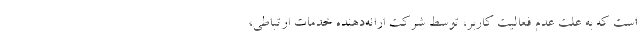
است که به علت عدم فعالیت کاربر، توسط شرکت ارائه‌دهنده خدمات ارتباطی،